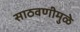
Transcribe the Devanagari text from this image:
साठवणीमुळे